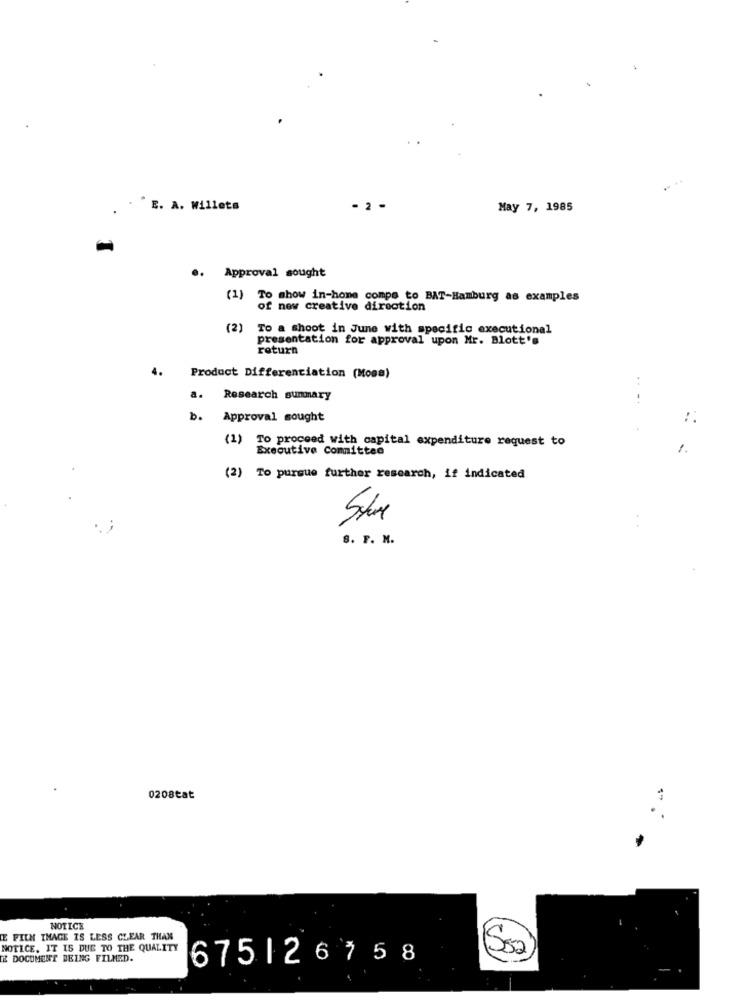
E. A. Willets
- 2 -
May 7, 1985
Approval sought
(1) To show in-home compe to BAT-Hamburg as examples
of new creative direction
(2)
To a shoot in June with specific executional
presentation for approval upon Mr. Blott's
return
4.
Product Differentiation (Mosa)
:
a. Research summary
-+
b.
Approval sought
(1) To proceed with capital expenditure request to
Executive Committee
1.
(2) To pursue further research, if indicated
8. F. M.
0208tat
NOTICE
E FILM IMAGE IS LESS CLEAR THAN
NOTICE. IT IS DUE TO THE QUALITY
Ss2
TE DOCUMENT BEING FILMED.
675126758
$ 7 5 8